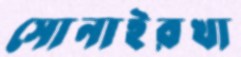
সোনাইরখা